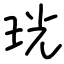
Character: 珖